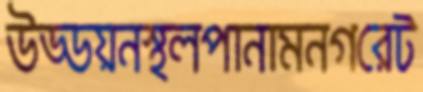
উড্ডয়নস্থলপানামনগরেট